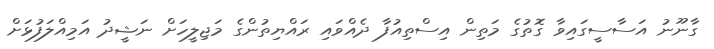
ގާނޫނު އަސާސީގައިވާ ގޮތުގެ މަތިން އިސްތިއުފާ ދެއްވައި ރައްޔިތުންގެ މަޖިލީހަށް ނަޝީދު އަމިއްލަފުޅަށް